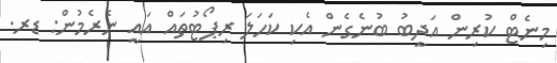
މިނެޓް ކުރިން އަދީބު ބުނެގެން އެކި ކަހަލަ ރިޕޯޓުތައް އައީ ނެރެމުން: ޑރ.